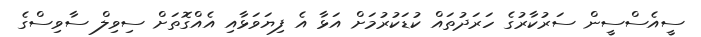
ސީއެސްސީން ސަރުކާރުގެ ހަރަދުތައް ކުޑަކުރުމަށް އަޅާ އެ ފިޔަވަޅާއި އެއްގޮތަށް ސިވިލް ސާވިސްގެ